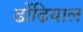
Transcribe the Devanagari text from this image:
ढोंढियाल